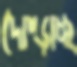
দোম্‌ড়াচ্ছ